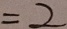
= 2